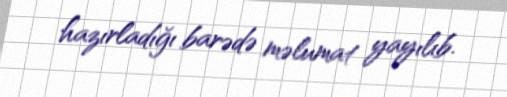
hazırladığı barədə məlumat yayılıb.